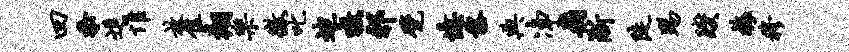
四忝进惟放隹翔乐征叱迪嗷祁甓忆黎典净飞淅陡踢躞梅穆